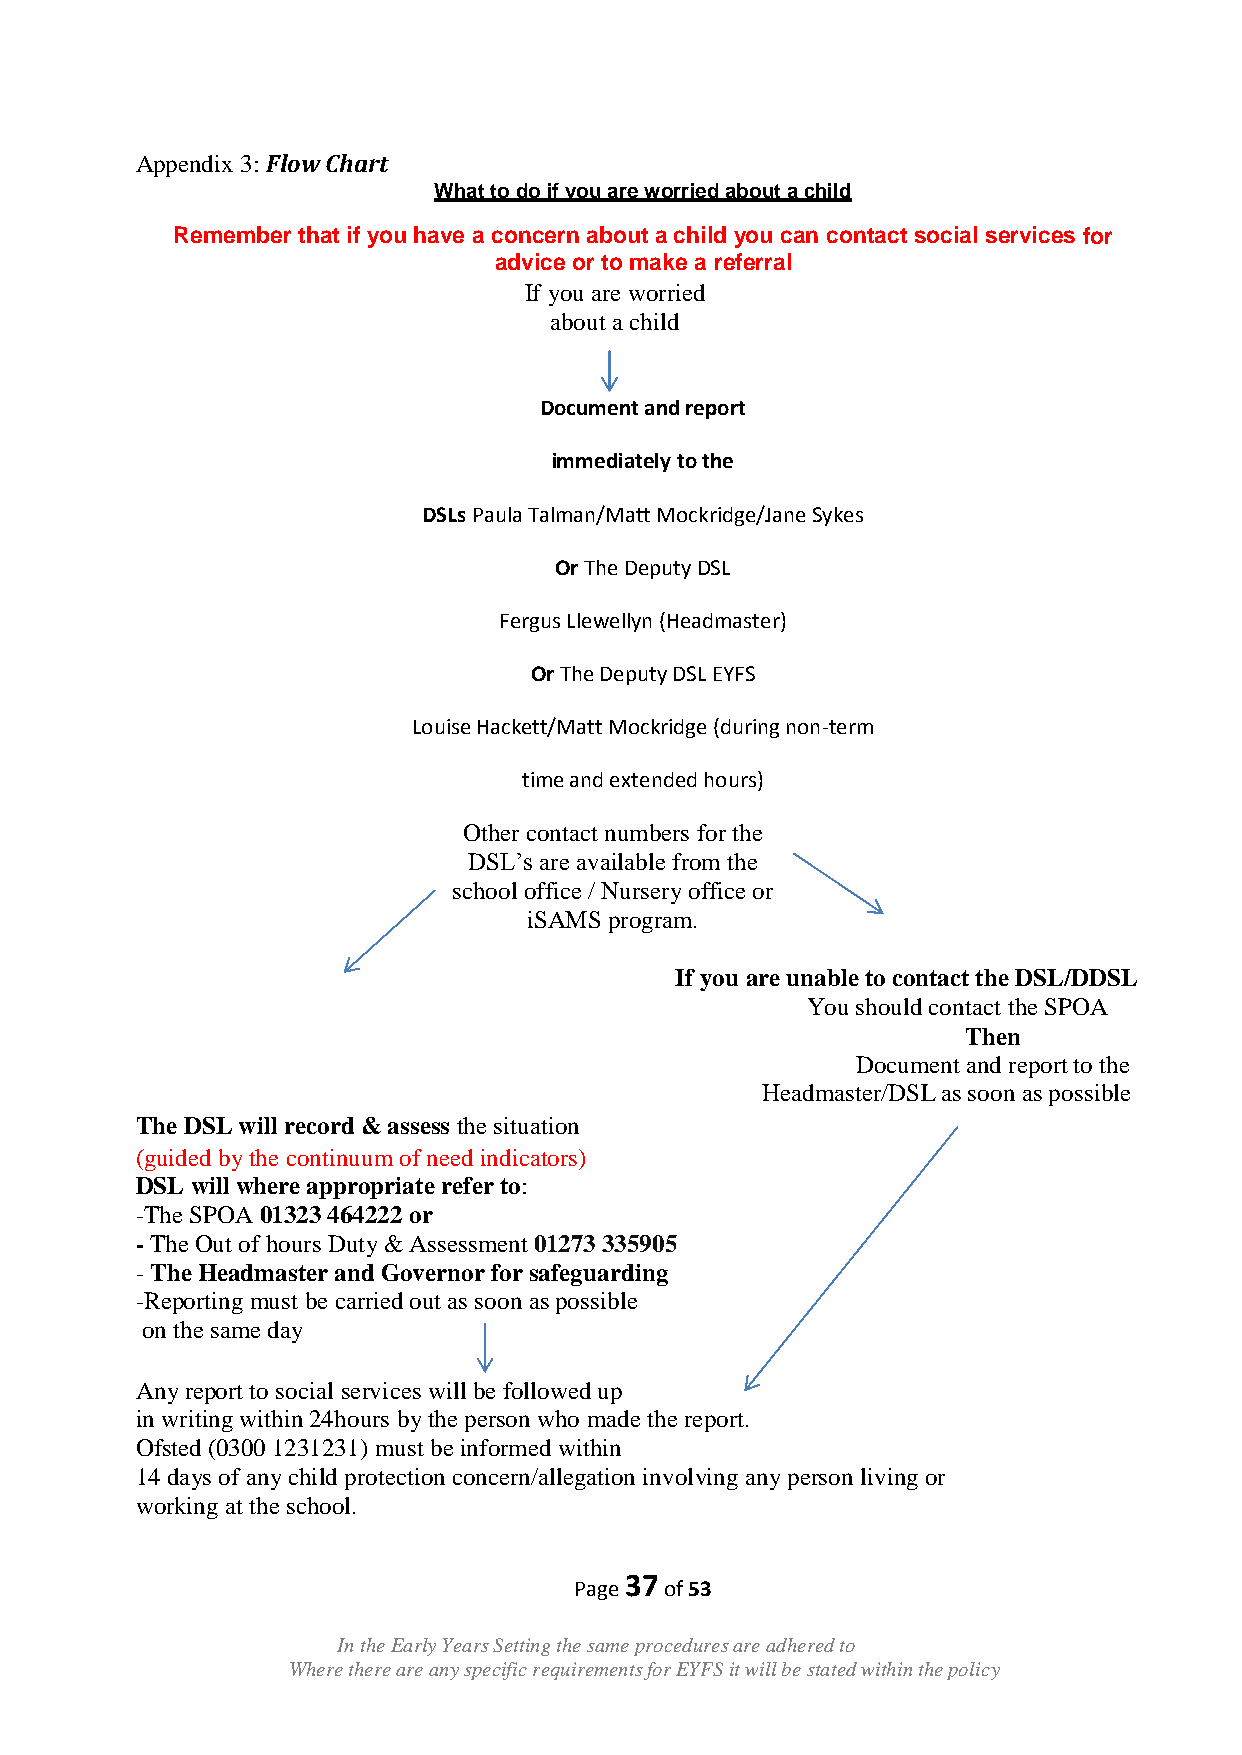
Appendix 3: Flow Chart
 What to do if you are worried about a child
 Remember that if you have a concern about a child you can contact social services for
 advice or to make a referral
 If you are worried
 about a child
 Document and report
 immediately to the
 DSLs Paula Talman/Matt Mockridge/Jane Sykes
 Or The Deputy DSL
 Fergus Llewellyn (Headmaster)
 Or The Deputy DSL EYFS
 Louise Hackett/Matt Mockridge (during non-term
 time and extended hours)
 Other contact numbers for the
 DSL‟s are available from the
 school office / Nursery office or
 iSAMS program.
 If you are unable to contact the DSL/DDSL
 You should contact the SPOA
 Then
 Document and report to the
 Headmaster/DSL as soon as possible
 The DSL will record & assess the situation
 (guided by the continuum of need indicators)
 DSL will where appropriate refer to:
 -The SPOA 01323 464222 or
 - The Out of hours Duty & Assessment 01273 335905
 - The Headmaster and Governor for safeguarding
 -Reporting must be carried out as soon as possible
 on the same day
 Any report to social services will be followed up
 in writing within 24hours by the person who made the report.
 Ofsted (0300 1231231) must be informed within
 14 days of any child protection concern/allegation involving any person living or
 working at the school.
 37
 Page  of 53
 In the Early Years Setting the same procedures are adhered to
 Where there are any specific requirements for EYFS it will be stated within the policy